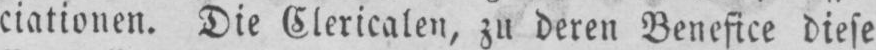
ciationen. Die Cléricalen, zu deren Benefice diese